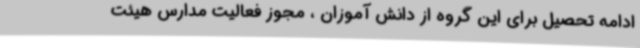
ادامه تحصیل برای این گروه از دانش آموزان ، مجوز فعالیت مدارس هیئت